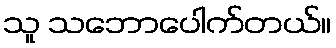
သူ သဘောပေါက်တယ်။